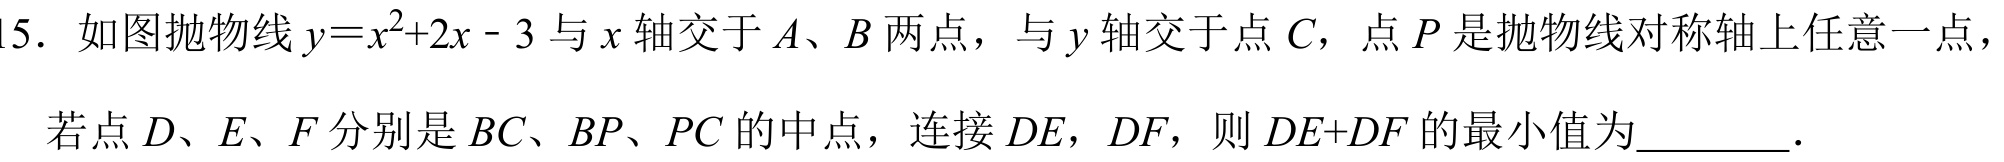
15. 如图抛物线\(y = x^{2}+2x - 3\)与\(x\)轴交于\(A、B\)两点，与\(y\)轴交于点\(C\)，点\(P\)是抛物线对称轴上任意一点，若点\(D、E、F\)分别是\(BC、BP、PC\)的中点，连接\(DE\)，\(DF\)，则\(DE + DF\)的最小值为________．